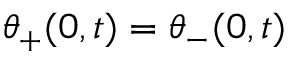
\theta _ { + } ( 0 , t ) = \theta _ { - } ( 0 , t )